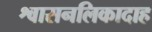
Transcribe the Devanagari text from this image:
श्वासनलिकादाह